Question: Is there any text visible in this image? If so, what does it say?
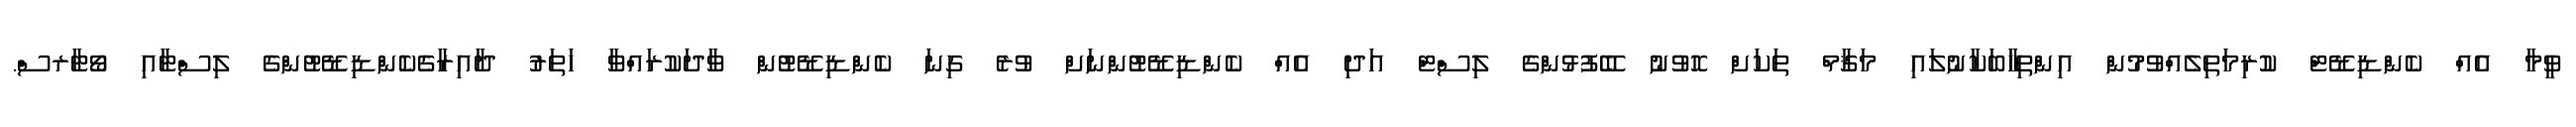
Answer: ވީމާ އެއް ކެންޑިޑޭޓް ކުރިމަތިލެއްވުމުން އިންތިޚާބަކާނުލައި މަޤާމް ތަކަށް ހޮވުނު ބޭފުޅުންގެ ލިސްޓް އަދި އެއް ކެންޑިޑޭޓުންނަށް ވުރެ ގިނަ ކެންޑިޑޭޓުން ވާދަކުރައްވާ ހަތަރު ދާއިރާގެކެންޑިޑޭޓުންގެ ލިސްޓާއި ވޯޓާރސް.